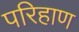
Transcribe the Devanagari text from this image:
परिहाण